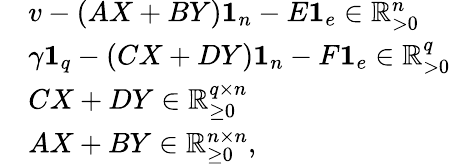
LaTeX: \begin{array}{rl}&{v-(AX+BY)\mathbf{1}_{n}-E\mathbf{1}_{e}\in\mathbb{R}_{>0}^{n}}\\ &{\gamma\mathbf{1}_{q}-(CX+DY)\mathbf{1}_{n}-F\mathbf{1}_{e}\in\mathbb{R}_{>0}^{q}}\\ &{CX+DY\in\mathbb{R}_{\geq 0}^{q\times n}}\\ &{AX+BY\in\mathbb{R}_{\geq 0}^{n\times n},}\end{array}